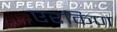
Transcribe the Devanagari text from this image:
एरकिण